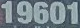
19601